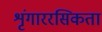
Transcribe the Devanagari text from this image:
शृंगाररसिकता